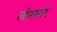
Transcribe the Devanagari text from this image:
लोस्सार